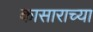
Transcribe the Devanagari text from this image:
कासाराच्या